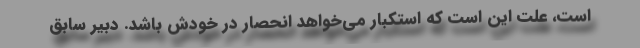
است، علّت این است که استکبار می‌خواهد انحصار در خودش باشد. دبیر سابق